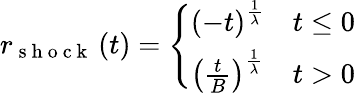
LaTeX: r_{\mathrm{~s~h~o~c~k~}}\left(t\right)=\left\{ \begin{array}{ll}{\left(-t\right)^{\frac{1}{\lambda}}}&{t\leq 0}\\ {\left(\frac{t}{B}\right)^{\frac{1}{\lambda}}}&{t>0}\end{array}\right.